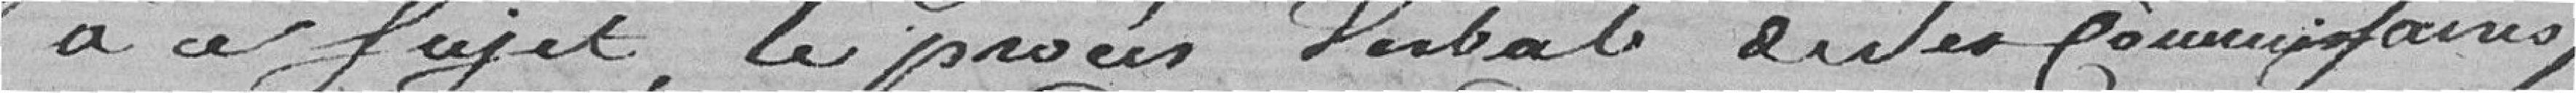
à ce sujet, le procès verbal desdits commissaires